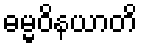
ဓမ္မဝိနယာတိ